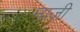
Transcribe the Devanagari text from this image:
ना़जी